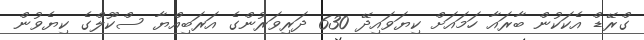
ގްރޭޑް އެކަކުން ބާރައާ ހަމައަށް ކިޔަވައިދޭ 630 ދަރިވަރުންގެ އަރަބިއްޔާ ސްކޫލްގެ ކިޔެވުން